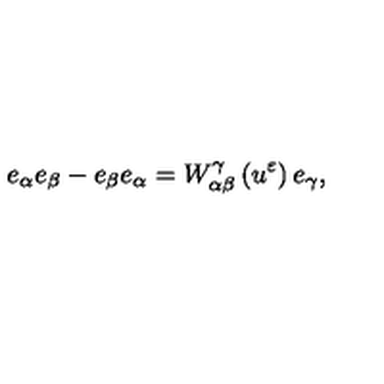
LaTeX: e _ { \alpha } e _ { \beta } - e _ { \beta } e _ { \alpha } = W _ { \alpha \beta } ^ { \gamma } \left( u ^ { \varepsilon } \right) e _ { \gamma } ,